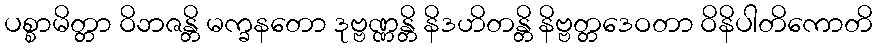
ပစ္စာမိတ္တာ ဝိဘဇန္တိ မက္ခနတော ဒုဗ္ဗဏ္ဏန္တိ နိဒဟိတန္တိ နိဗ္ဗတ္တဒေဝတာ ဝိနိပါတိကောတိ